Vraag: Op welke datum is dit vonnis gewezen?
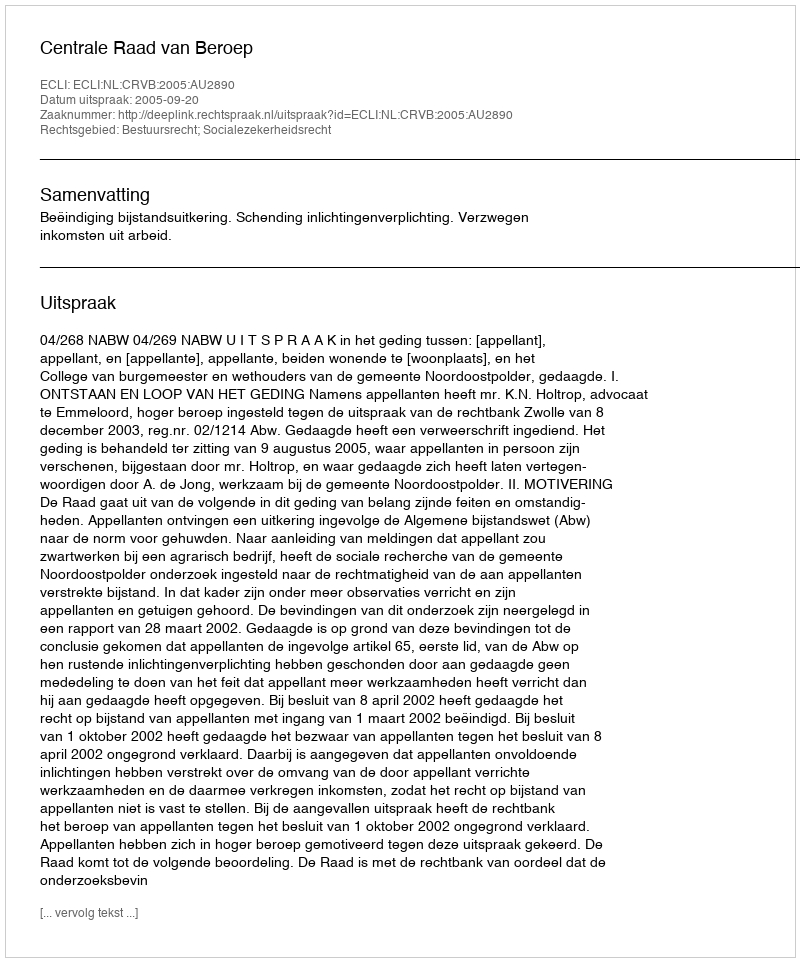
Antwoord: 2005-09-20